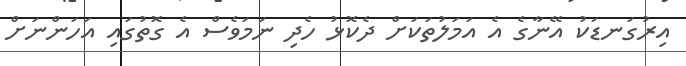
އިރުގަނޑަކު އޭނާގެ އެ އަމަލުތަކަށް ދެކޮޅު ހެދި ނަމަވެސް އެ ގޮތުގައި އަހަންނަށް